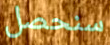
سنحصل